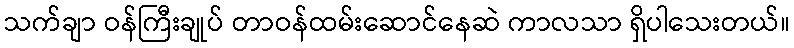
သက်ချာ ဝန်ကြီးချုပ် တာဝန်ထမ်းဆောင်နေဆဲ ကာလသာ ရှိပါသေးတယ်။